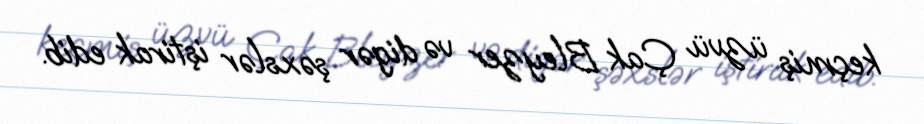
keçmiş üzvü Çak Bleyzer və digər şəxslər iştirak edib.